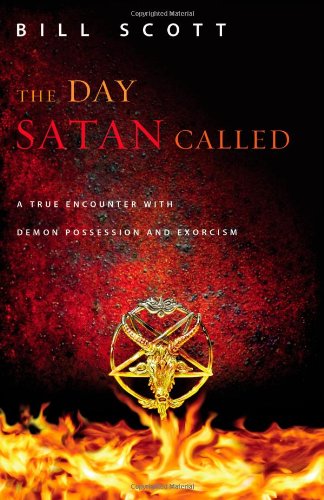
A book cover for The Day Satan Called: A True Encounter with Demon Possession and Exorcism; Bill Scott; Christian Books & Bibles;